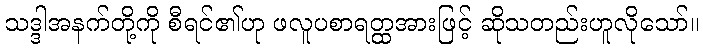
သဒ္ဒါအနက်တို့ကို စီရင်၏ဟု ဖလူပစာရတ္ထအားဖြင့် ဆိုသတည်းဟူလိုသော်။